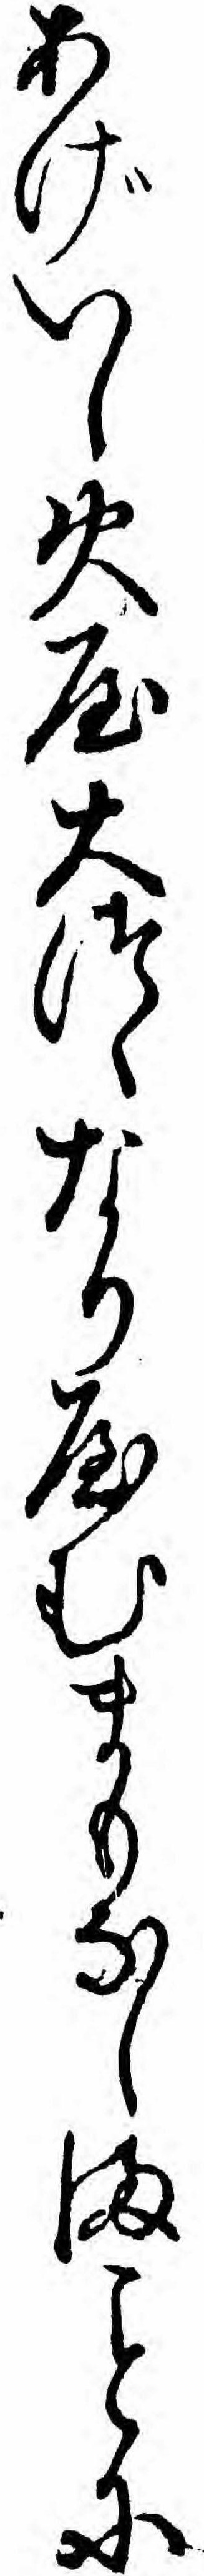
あげいし火屋大つゝなりやむまもなしまに